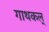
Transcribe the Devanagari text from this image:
गाथकल्